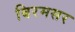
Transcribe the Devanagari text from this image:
बिरमसर